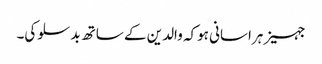
جہیز ہراسانی ہوکہ والدین کے ساتھ بدسلوکی۔